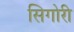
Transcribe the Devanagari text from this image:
सिगोरी